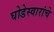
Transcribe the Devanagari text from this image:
घोडेस्वारांचे